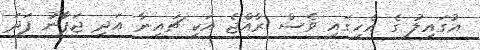
އުގައިލު ގެ އެހީގައި ވެސް ރާއްޖެ އަކީ ޗައިނާ އަދި ޖަޕާނު ފަދަ